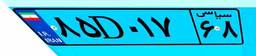
۳۱D۰۹۹۵۸